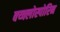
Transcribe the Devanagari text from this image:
क्य्क्लोस्पोरिन